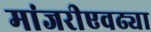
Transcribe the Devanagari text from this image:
मांजरीएवढ्या